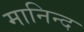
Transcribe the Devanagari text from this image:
मानिन्द